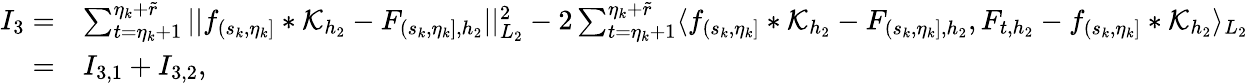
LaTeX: \begin{array}{rl}{I_{3}=}&{\sum_{t=\eta_{k}+1}^{\eta_{k}+\widetilde{r}}\vert\vert f_{(s_{k},\eta_{k}]}\ast\mathcal{K}_{{h_{2}}}-F_{(s_{k},\eta_{k}],{h_{2}}}\vert\vert_{L_{2}}^{2}-2\sum_{t=\eta_{k}+1}^{\eta_{k}+\widetilde{r}}\langle f_{(s_{k},\eta_{k}]}\ast\mathcal{K}_{{h_{2}}}-F_{(s_{k},\eta_{k}],{h_{2}}},F_{t,{h_{2}}}-f_{(s_{k},\eta_{k}]}\ast\mathcal{K}_{{h_{2}}}\rangle_{L_{2}}}\\ {=}&{I_{3,1}+I_{3,2},}\end{array}